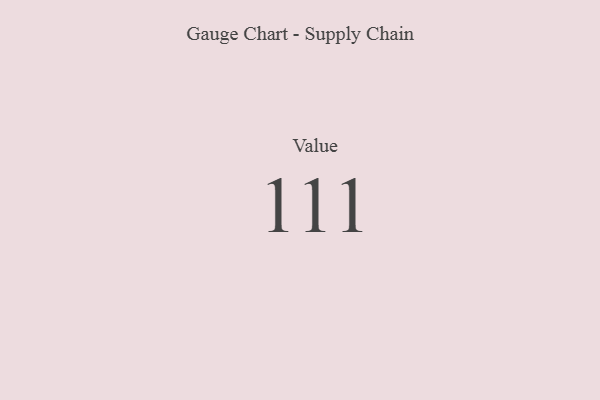
{"axis": {"x": "Metric", "y": "Value"}, "legend": [""], "data": [{"x": "Value", "y": 111, "type": ""}]}